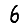
Digit: 6